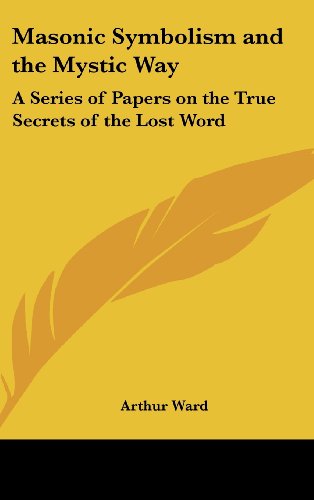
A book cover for Masonic Symbolism and the Mystic Way: A Series of Papers on the True Secrets of the Lost Word; Arthur Ward; Religion & Spirituality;